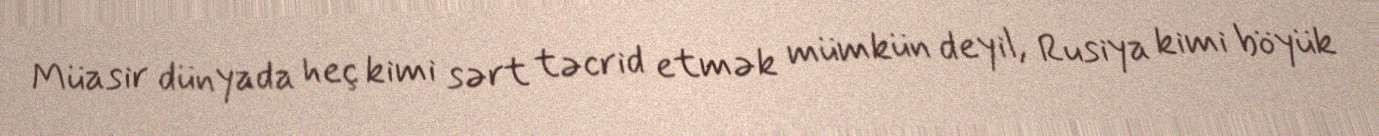
Müasir dünyada heç kimi sərt təcrid etmək mümkün deyil, Rusiya kimi böyük